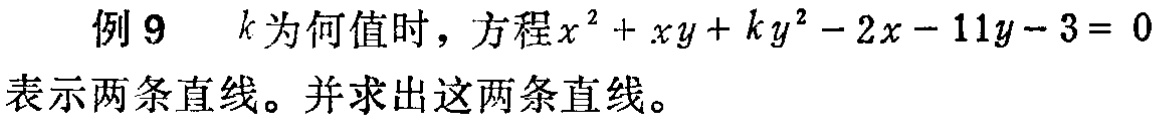
例 9 \(k\) 为何值时，方程\(x^{2}+xy + ky^{2}-2x - 11y - 3 = 0\)表示两条直线。并求出这两条直线。